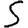
Digit: 5